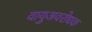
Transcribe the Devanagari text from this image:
वायुअवरोधक